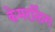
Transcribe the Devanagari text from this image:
केमरलिंग